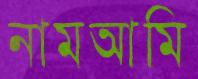
নামআমি